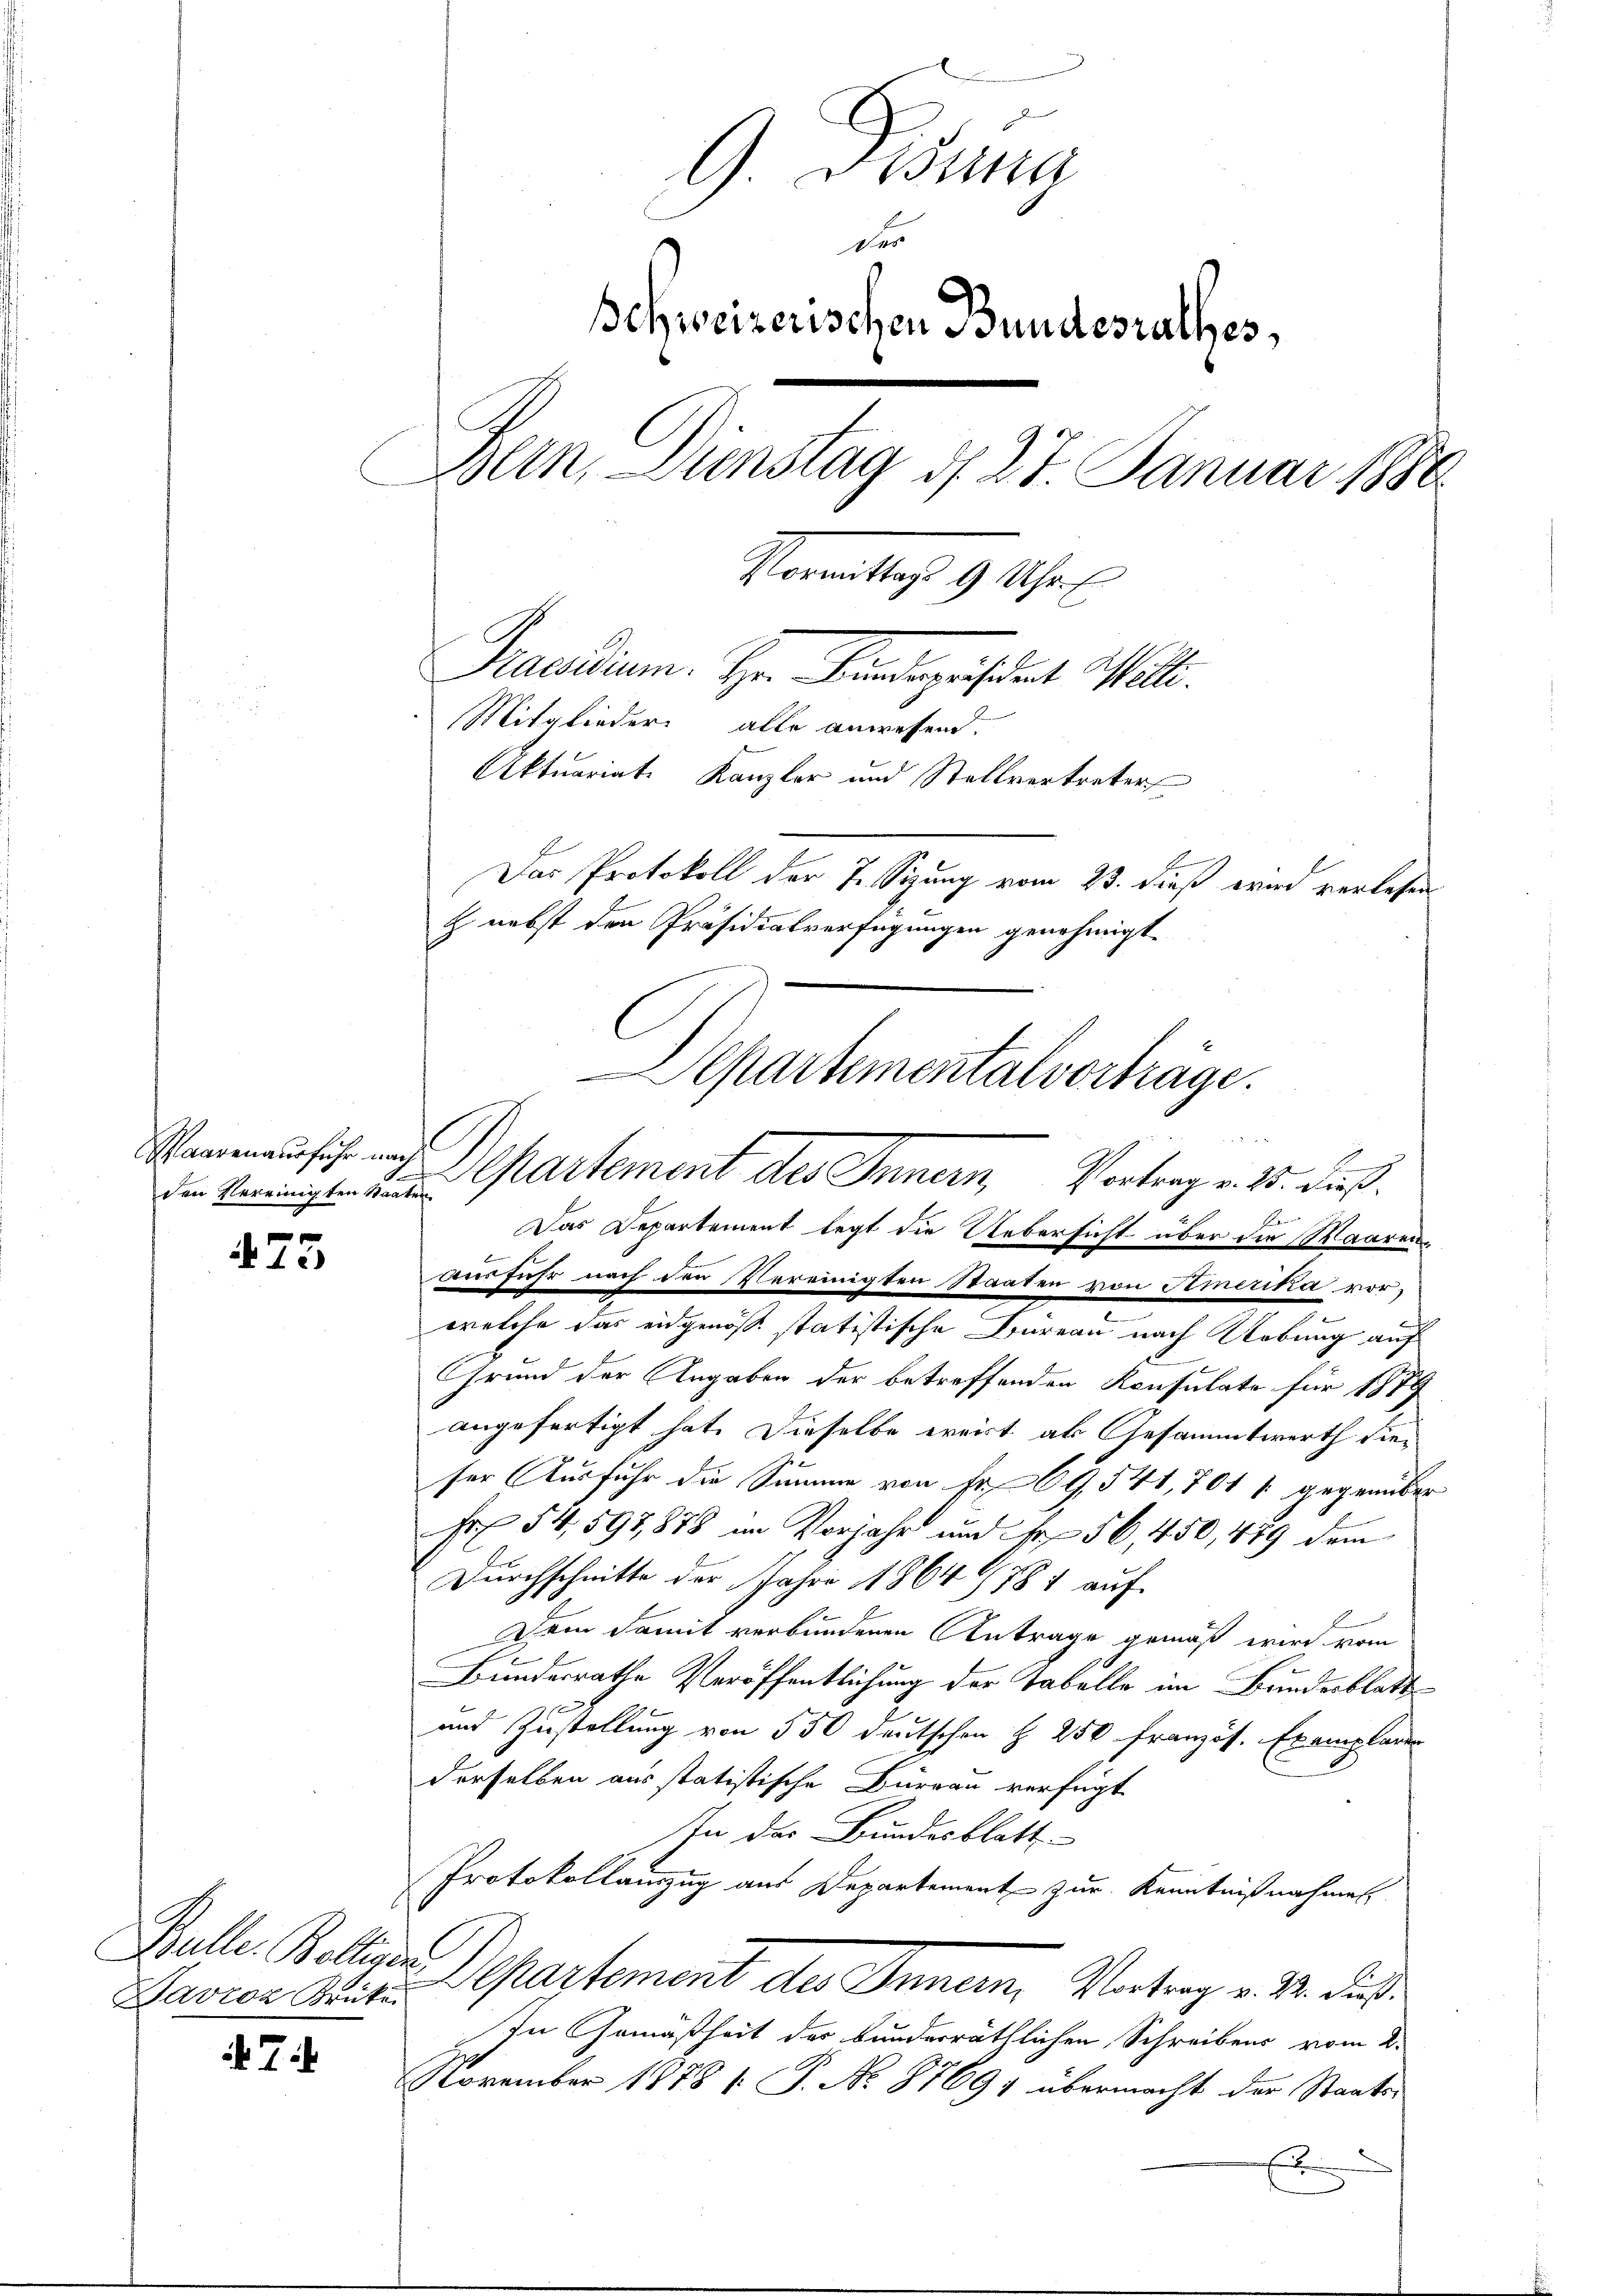
den Vereinigten Staaten

75

Bulle. Bollieren
Davron Brüken

7

Disung
Des
Schweizerischen Bundesrathes,
Bern, Dienstag d. 27. Januar 1880
Pleantrags 9 Uhr.
Praedium. Hr. Findegeistent Welt.
Mitglieder alle anwesend.
Aktuariate Kanzler und Stellvertreter
Das Protokoll der 7. Sizung vom 23. dieß wird verlesen
z nebst den Präsidialverfügungen genehmigt.
Separtemental vorträge.

Ausführ nach den Vereinigten Staaten von Amerika vorwelche das eidgenöße statistische Büreau nach Uebung auf
Grund der Angaben der betreffenden Konsulate für 1889
angefertigt hat. Dieselbe weist als Gesammtwerth dieser Ausfuhr die Summe von Fr. 69, 541, 701 % gegenüber
Fr 54, 597,878 in Vorjahr und Fr. 56,450, 489 dem
Durchschnitte der Jahre 1864 (784 auf
Dem damit verbundenen Antrage gemäß wird vom
Bundesrathe Veröffentlichung der Tabelle im Bundesblatt
f
und Zustellung von 550 deutschen § 250 französ. Exemplaren
derselben aus statistische Büreau verfügt
In des Bundesblatt
Protokollamzug aus Departement zur Kenntnißnahmen
Departement des Innern Vertrag v. M. die
In Gemäßheit der bunderräthlichen Schreibens vom 2.
November 1878 (: P. No. 87691 übermacht der Staats¬
2

Neumansich aus Departement des Innern, Vortrag v. 15. dieß.
Das Departement legt die Uebersicht über die Waaren¬